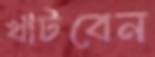
খাটবেন